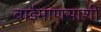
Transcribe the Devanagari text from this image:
बाईमाणसाशी